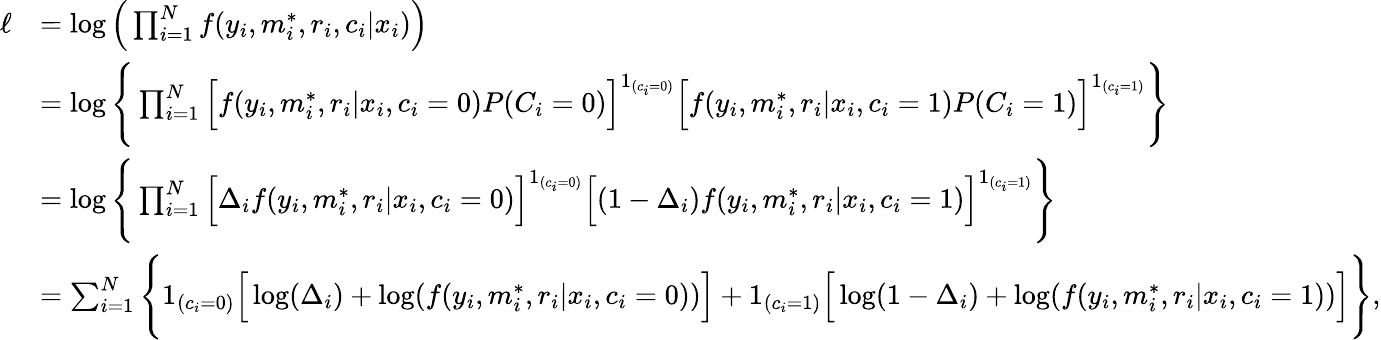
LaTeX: \begin{array}{rl}{\ell}&{=\log\Big(\prod_{i=1}^{N}f(y_{i},m_{i}^{*},r_{i},c_{i}|x_{i})\Big)}\\ &{=\log{\Bigg\{ \prod_{i=1}^{N}\Big[f(y_{i},m_{i}^{*},r_{i}|x_{i},c_{i}=0)P(C_{i}=0)\Big]^{1_{(c_{i}=0)}}\Big[f(y_{i},m_{i}^{*},r_{i}|x_{i},c_{i}=1)P(C_{i}=1)\Big]^{1_{(c_{i}=1)}}\Bigg\} }}\\ &{=\log{\Bigg\{ \prod_{i=1}^{N}\Big[\Delta_{i}f(y_{i},m_{i}^{*},r_{i}|x_{i},c_{i}=0)\Big]^{1_{(c_{i}=0)}}\Big[(1-\Delta_{i})f(y_{i},m_{i}^{*},r_{i}|x_{i},c_{i}=1)\Big]^{1_{(c_{i}=1)}}\Bigg\} }}\\ &{=\sum_{i=1}^{N}\Bigg\{ 1_{(c_{i}=0)}\Big[\log(\Delta_{i})+\log(f(y_{i},m_{i}^{*},r_{i}|x_{i},c_{i}=0))\Big]+1_{(c_{i}=1)}\Big[\log(1-\Delta_{i})+\log(f(y_{i},m_{i}^{*},r_{i}|x_{i},c_{i}=1))\Big]\Bigg\} ,}\end{array}